Vabadussoja_Ajaloo_Komitee, lk 104
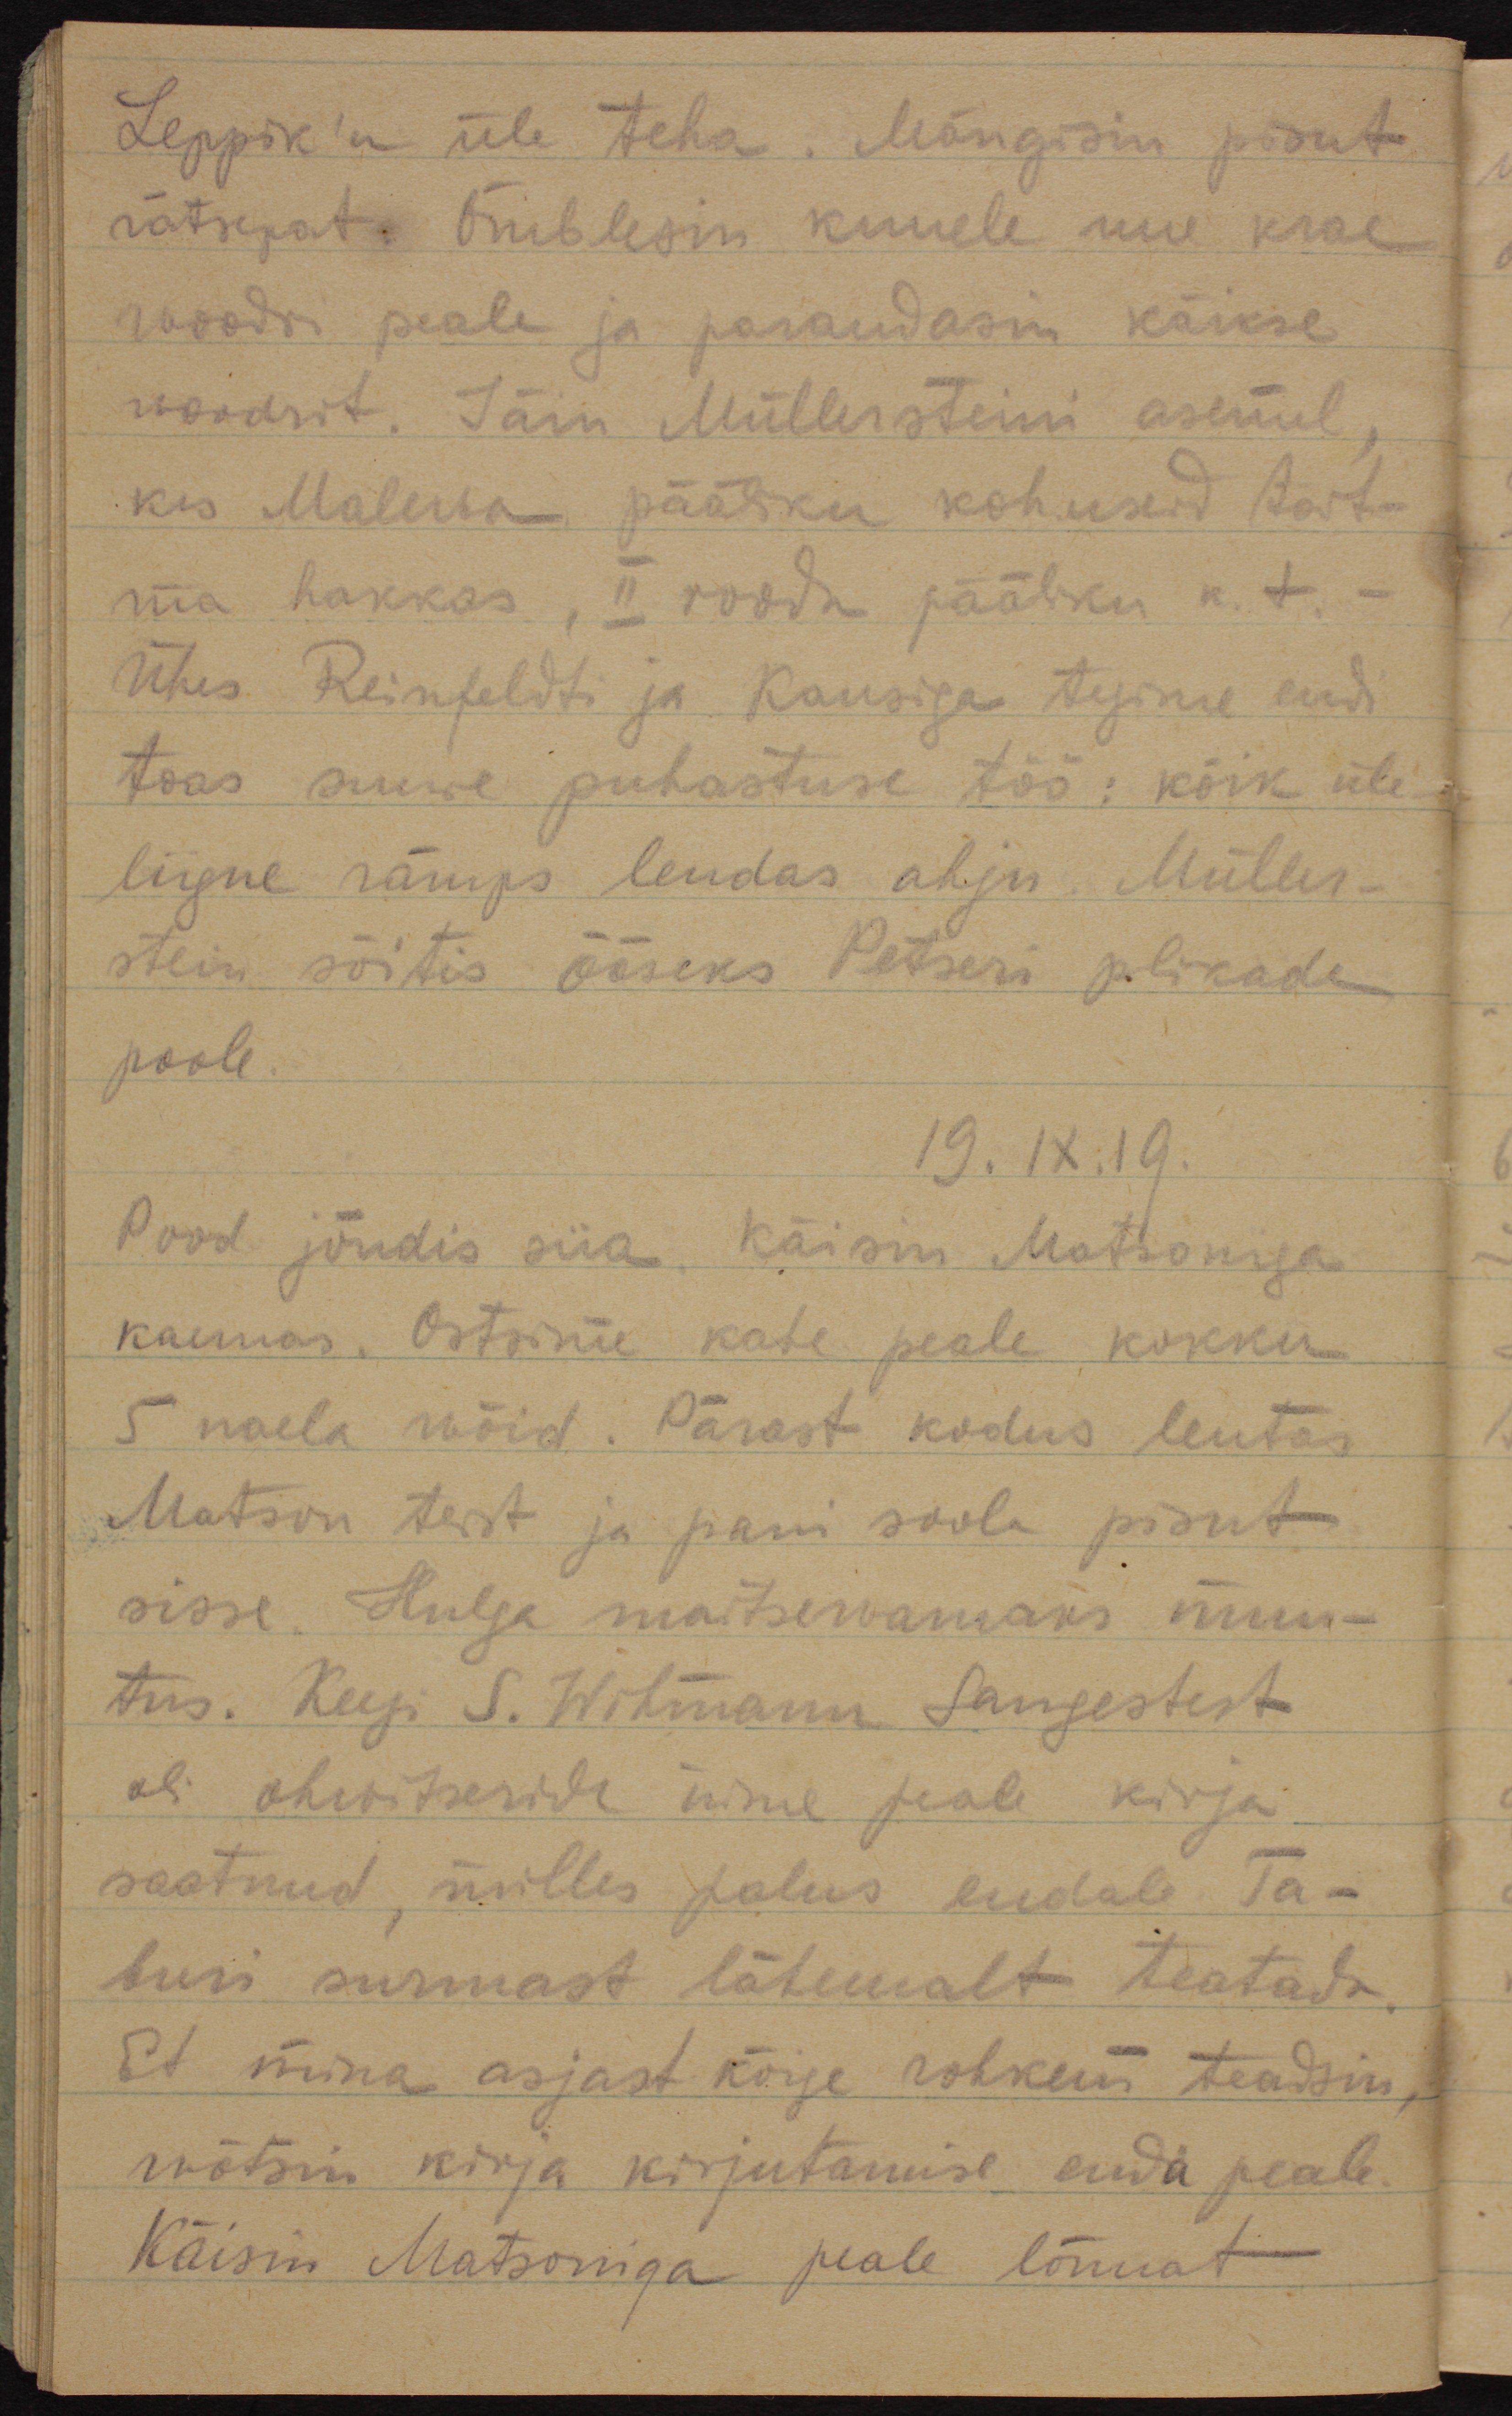
Leppik'u üle teha. Mängisin pisut
rätsepat. Õmblesin kuuele uue krae
woodri peale ja parandasin käikse
woodrit. Jäin Müllersteini asemel,
kes Malewa pääliku kohuseid täit-
ma hakkas, II roodu pääliku k.t.
Ühes Reinfeldti ja Kausiga tegime endi
toas suure puhastuse töö: kõik üle-
liigne rämps lendas ahju. Müller-
stein sõitis ööseks Petseri plikade
poole.
19.IX.19.
Pood jõudis siia. Käisin Matsoniga
kaemas. Ostsime kahe peale kokku
5 naela wõid. Pärast kodus leutas
Matson test ja pani soola pisut
sisse. Hulga maitsewamaks muu-
tus. Keegi S. Wilmann Sangastest
oli ohwisteride nime peale kirja
saatnud, milles palus endale Ta-
buri surmast lähemalt teatada.
Et mina asjast kõige rohkem teadsin,
wõtsin kirja kirjutamise enda peale.
Käisin Matsoniga peale lõunat